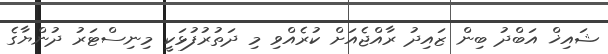
ޝައިޚް އަބްދު ބިން ޒައިދު ރާއްޖެއަށް ކުރެއްވި މި ދަތުރުފުޅަކީ މިނިސްޓަރު ދުންޔާގެ